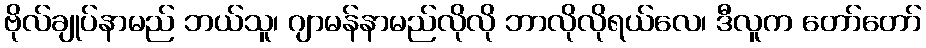
ဗိုလ်ချုပ်နာမည် ဘယ်သူ၊ ဂျာမန်နာမည်လိုလို ဘာလိုလိုရယ်လေ၊ ဒီလူက တော်တော်